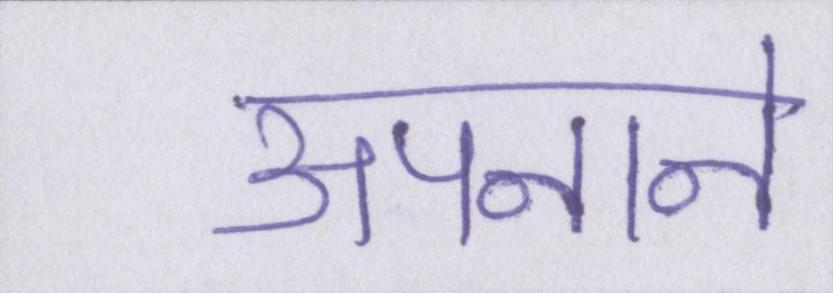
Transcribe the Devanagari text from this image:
अपनाने